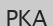
РКА